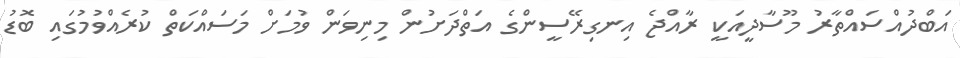
އަބްދުއްސައްތާރު މޫސާދީއަކީ ރާއްޖެ އިނގިރޭސީންގެ އަތްދަށުން މިނިވަން ވުމަށް މަސައްކަތް ކުރެއްވުމުގައި ބޮޑު